Document type: Sale
Year: 1290
Scribe: Miquel Rotllan
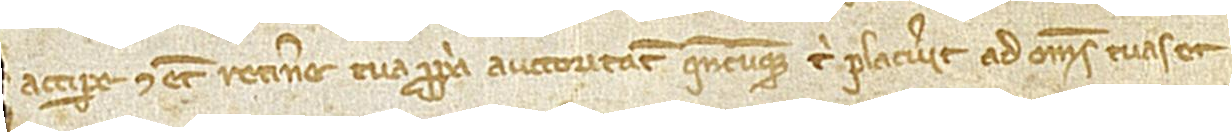
accipere et etiam reitinere tua propria auctoritate quandocumque tibi placuerit ad omnes tuas et